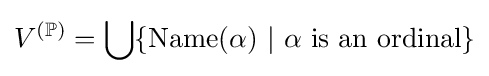
V^{(\mathbb {P} )}=\bigcup \{\operatorname {Name} (\alpha )~|~\alpha ~{\text{is an ordinal}}\}